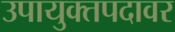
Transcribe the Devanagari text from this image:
उपायुक्तपदावर